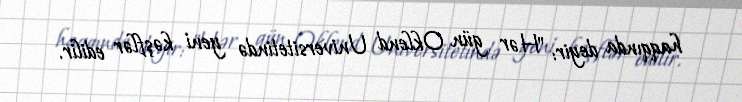
haqqında deyir: "Hər gün Oklend Universitetində yeni kəşflər edilir.